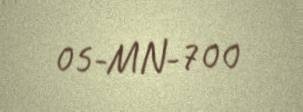
05-MN-700